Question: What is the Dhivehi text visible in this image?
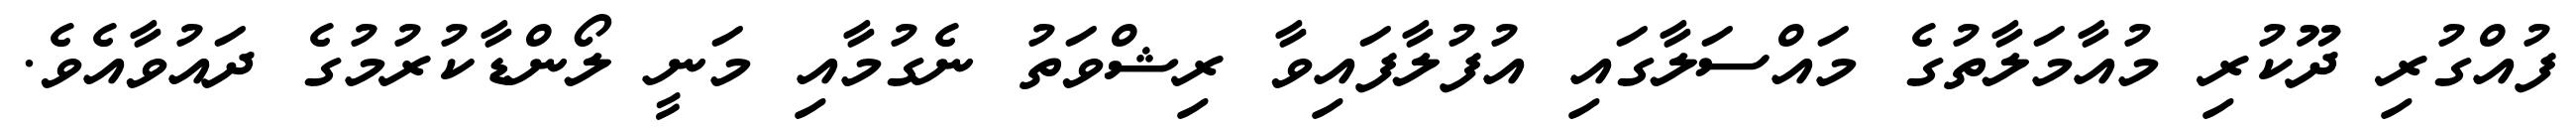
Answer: ފުއްގުރި ދޫކުރި މުއާމަލާތުގެ މައްސަލާގައި އުފުލާފައިވާ ރިޝްވަތު ނެގުމާއި މަނީ ލޯންޑާކުރުމުގެ ދައުވާއެވެ.